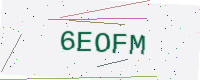
Text: 6EOFM